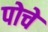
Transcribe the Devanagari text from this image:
पोचे